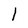
Character: 1